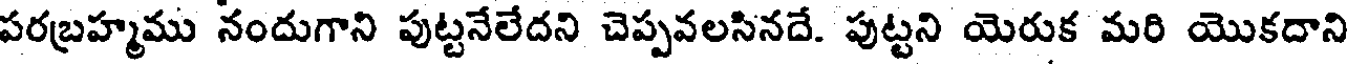
పరబ్రహ్మము నందుగాని పుట్టనేలేదని చెప్పవలసినదే. పుట్టని యెరుక మరి యొకదాని